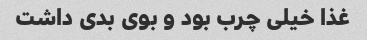
غذا خیلی چرب بود و بوی بدی داشت